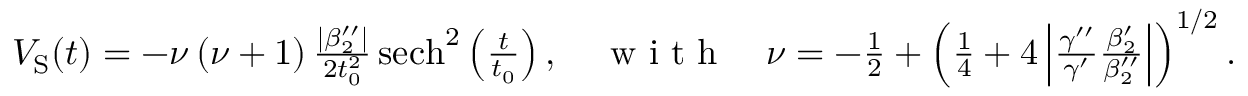
\begin{array} { r } { V _ { \mathrm { { S } } } ( t ) = - \nu \, ( \nu + 1 ) \, \frac { | \beta _ { 2 } ^ { \prime \prime } | } { 2 t _ { 0 } ^ { 2 } } \, { \mathrm { s e c h } } ^ { 2 } \left( \frac { t } { t _ { 0 } } \right) , \quad \mathrm { ~ w ~ i ~ t ~ h ~ } \quad \nu = - \frac { 1 } { 2 } + \left( \frac { 1 } { 4 } + 4 \left| \frac { \gamma ^ { \prime \prime } } { \gamma ^ { \prime } } \frac { \beta _ { 2 } ^ { \prime } } { \beta _ { 2 } ^ { \prime \prime } } \right| \right) ^ { 1 / 2 } . } \end{array}